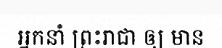
អ្នកនាំ ព្រះរាជា ឲ្យ មាន